Reports on dispensaries and lunatic asylums in the Province of Oudh - 1869-1876
Year: 1869
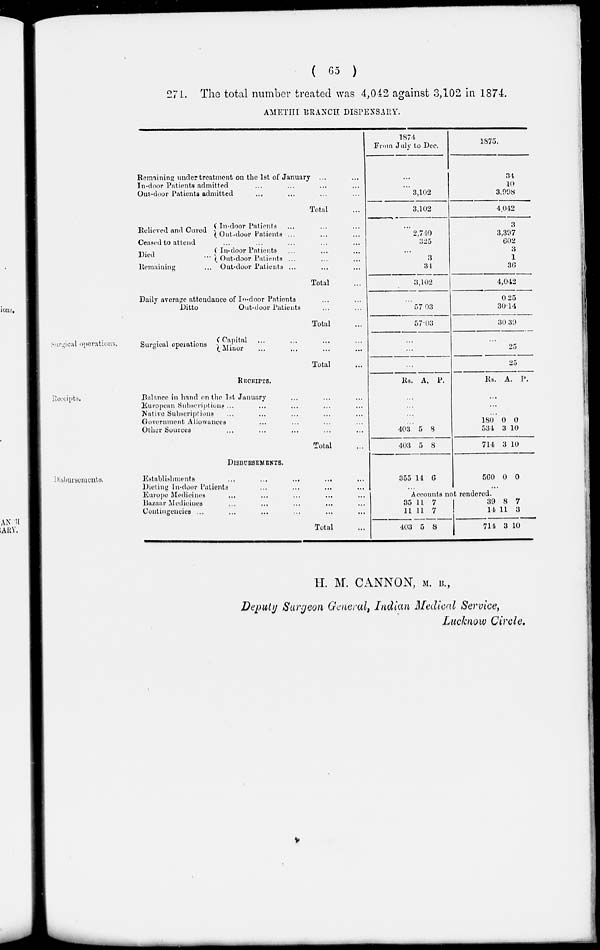
( 65 )
271. The total number treated was 4,042 against 3,102 in 1874.
AMETHI BRANCH DISPENSARY.
Remaining under treatment on the 1st of January ... ...
In-door Patients admitted ... ... ... ...
Out-door Patients admitted ... ... ... ...
Total ...
Relieved and Cured
In-door Patients ... ... ...
Out-dour Patients ... ... ...
Ceased to attend ... ... ... ... ...
Died
...
Remaining ...
In-door Patients ... ... ...
Out-door Patients ... ... ...
Out-door Patients ... ... ...
Total
Daily average attendance of In-door Patients ... ...
Ditto
Out-door Patients ... ...
Total ...
1874
From July to Dec.
...
...
3,102
3,102
...
2,740
325
...
3
34
3,102
...
57.03
57.03
1875.
34
10
3,998
4,042
3
3,397
602
3
1
36
4,042
0 25
30.14
30.39
Surgical operations.
Surgical operations
Capital ... ... ... ...
Minor ... ... ... ...
Total
...
...
...
...
25
25
Receipts.
RECEIPTS.
Balance in hand on the 1st January ... ... ...
European Subscriptions ... ... ... ... ...
Native Subscriptions ... ... ... ... ...
Government Allowances ... ... ... ... ...
Other Sources ... ... ... ... ...
Total ...
Rs. A. P.
...
...
...
...
403
403
5
5
8
8
Rs. A. P.
...
...
...
180
534
714
0
3
3
0
10
10
Disbursements.
DISBUSEMENTS.
Establishments
...
...
...
...
Dieting In-door Patients ... ... ... ...
Europe Medicines ... ... ... ... ...
Bazaar Medicines ... ... ... ... ...
Contingencies ... ... ... ... ... ...
Total ...
355 14 6
...
560 0 0
...
Accounts not rendered.
35
11
403
11
11
5
7
7
8
39
14
714
8
11
3
7
3
10
H. M. CANNON, M. B.,
Deputy Surgeon General, Indian Medical Service,
Lucknow Circle.